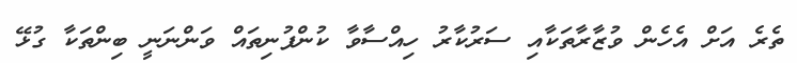
ތެރެ އަށް އެހެން ވުޒާރާތަކާއި ސަރުކާރު ހިއްސާވާ ކުންފުނިތައް ވަންނަނީ ބިންތަކާ ގުޅޭ